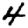
Digit: 4